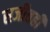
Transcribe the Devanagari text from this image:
सजीवही